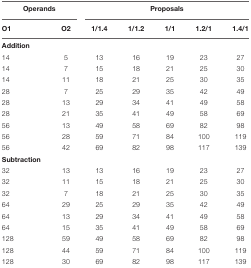
| <COLSPAN=2> Operands | <COLSPAN=5> Proposals |
 | O1 | O2 | 1/1.4 | 1/1.2 | 1/1 | 1.2/1 | 1.4/1 |
 | --- | --- | --- | --- | --- | --- | --- |
 | Addition |
 | 14 | 5 | 13 | 16 | 19 | 23 | 27 |
 | 14 | 7 | 15 | 18 | 21 | 25 | 30 |
 | 14 | 11 | 18 | 21 | 25 | 30 | 35 |
 | 28 | 7 | 25 | 29 | 35 | 42 | 49 |
 | 28 | 13 | 29 | 34 | 41 | 49 | 58 |
 | 28 | 21 | 35 | 41 | 49 | 58 | 69 |
 | 56 | 13 | 49 | 58 | 69 | 82 | 98 |
 | 56 | 28 | 59 | 71 | 84 | 100 | 119 |
 | 56 | 42 | 69 | 82 | 98 | 117 | 139 |
 | Subtraction |
 | 32 | 13 | 13 | 16 | 19 | 23 | 27 |
 | 32 | 11 | 15 | 18 | 21 | 25 | 30 |
 | 32 | 7 | 18 | 21 | 25 | 30 | 35 |
 | 64 | 29 | 25 | 29 | 35 | 42 | 49 |
 | 64 | 13 | 29 | 34 | 41 | 49 | 58 |
 | 64 | 15 | 35 | 41 | 49 | 58 | 69 |
 | 128 | 59 | 49 | 58 | 69 | 82 | 98 |
 | 128 | 44 | 59 | 71 | 84 | 100 | 119 |
 | 128 | 30 | 69 | 82 | 98 | 117 | 139 |